Civil Veterinary Department Bihar reports 1936-40 - 1936-1940
Year: 1936
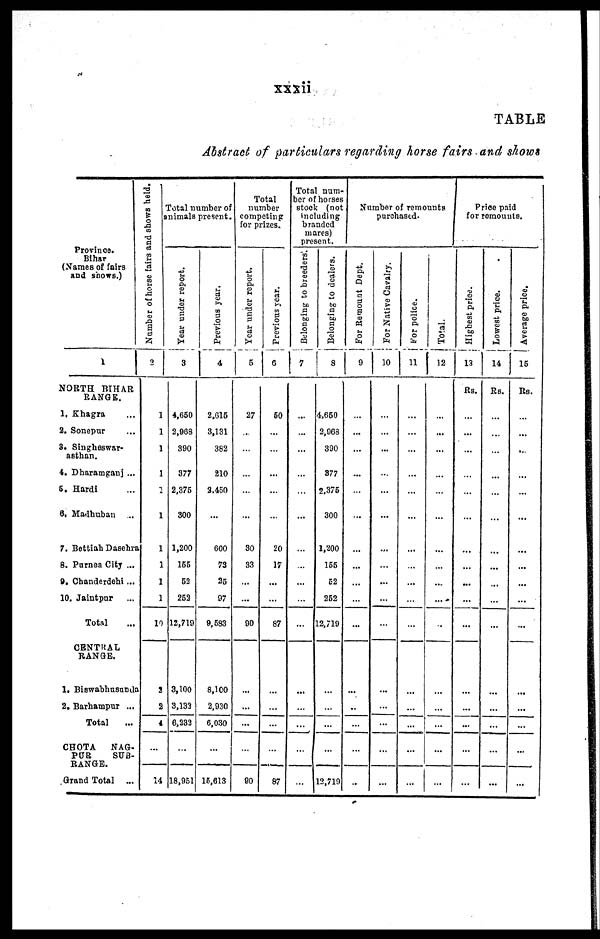
xxxii
TABLE
Abstract of particulars regarding horse fairs and shows
Province.
Bihar
(Names of fairs
and shows.)
1
NORTH BIHAR
BANGS.
1. Khagra …
2. Sonepur …
3. Singheswar-
asthan.
4. Dharamganj ...
5. Hardi …
6. Madhuban ...
7. Bettiah Dasehra
8. Parnea City ...
9. Chanderdehi...
10. Jaintpar …
Total …
CENTRAL
RANGE.
1. Biswabhusunda
2. Barbampur ...
Total …
CHOTA
NAG-
PUR
SUB-
RANGE
Grand Total ...
Number of horse fairs and shows held.
2
1
1
1
1
1
1
1
1
1
1
10
2
2
4
…
14
Total number of
animals present.
Year under report.
3
4,650
2,968
890
377
2,375
300
1,200
155
52
252
12,719
3,100
3,132
6,232
…
18,951
Previous year.
4
2,615
8,131
382
210
2,450
…
600
73
25
97
9,583
8,100
2,930
6,030
…
15,013
Total
number
competing
for prizes.
Year under report.
5
27
…
…
…
…
...
30
33
...
…
90
...
…
…
…
90
Previous year.
6
60
…
…
…
…
…
20
17
...
…
87
…
...
…
…
87
Total num-
ber of horses
stock (not
including
branded
mares)
present.
Belonging to breeders.
7
...
…
…
…
…
…
…
…
…
…
…
…
…
…
…
…
Belonging to dealers.
8
4.650
2,963
390
877
2,375
300
1,200
155
52
252
12,719
…
…
…
…
12,719
Number of remounts
purchased.
For Remount Dept.
9
…
...
…
…
…
…
…
…
…
…
...
…
…
…
…
..
For Native Cavalry.
10
…
…
…
…
…
…
...
…
...
…
…
…
…
…
…
…
For police.
11
…
…
…
…
…
…
...
…
… …
…
…
…
…
…
…
…
Total.
12
…
...
…
…
…
…
…
…
…
...
..
…
...
…
…
...
Price paid
for remounts.
Highest price.
13
Rs.
…
…
…
…
…
…
…
...
...
…
…
…
...
...
…
…
Lowest price.
14
Rs.
…
…
…
…
…
…
…
…
…
…
...
…
…
…
…
...
Average price.
15
Rs.
…
...
…
…
...
…
...
...
…
...
...
…
...
…
…
...